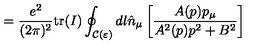
= \frac { e ^ { 2 } } { ( 2 \pi ) ^ { 2 } } \mathrm { t r } ( I ) \oint _ { { \mathcal C } ( \varepsilon ) } d l { \hat { n } } _ { \mu } \left[ \frac { A ( p ) p _ { \mu } } { A ^ { 2 } ( p ) p ^ { 2 } + B ^ { 2 } } \right]